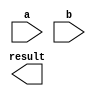

// 4 bit 4x4 multiplier
module matrixMultiplier(
    input [63:0] a,
    input [63:0] b,
    output [63:0] result
);

    // result[i][k] = a[i][0].b[0][k] + a[i][1].b[1][k] + a[i][2].b[2][k] + a[i][3].b[3][k]
    // For all i,k in (0, 4)

endmodule